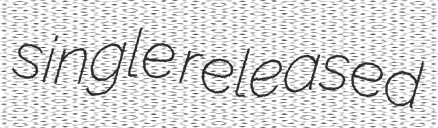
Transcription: single released